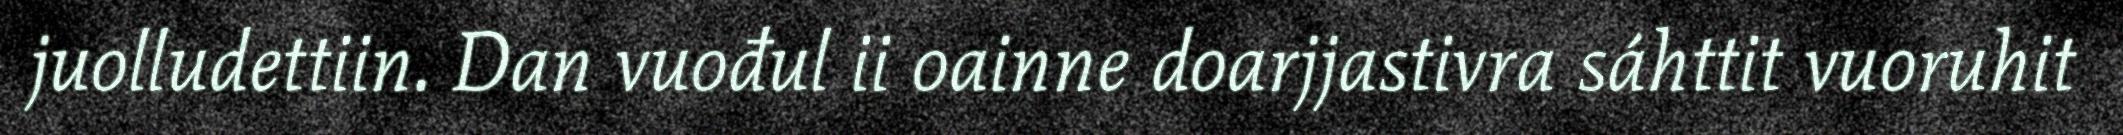
juolludettiin. Dan vuođul ii oainne doarjjastivra sáhttit vuoruhit